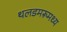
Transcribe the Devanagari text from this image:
थलडमरूमध्य